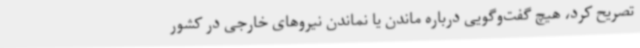
تصریح کرد، هیچ گفت‌وگویی درباره ماندن یا نماندن نیروهای خارجی در کشور